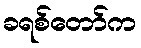
ခရစ်တော်က